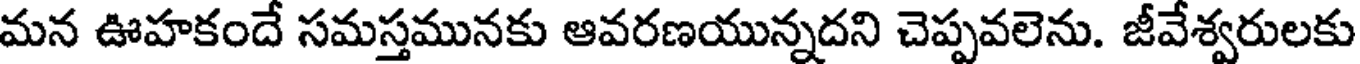
మన ఊహకందే సమస్తమునకు ఆవరణయున్నదని చెప్పవలెను. జీవేశ్వరులకు